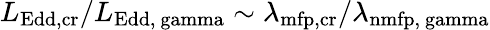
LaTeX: L_{\mathrm{Edd,cr}}/L_{\mathrm{Edd,\ gamma}}\sim\lambda_{\mathrm{mfp,cr}}/\lambda_{\mathrm{n{mfp,}\ gamma}}